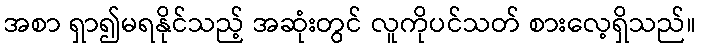
အစာ ရှာ၍မရနိုင်သည့် အဆုံးတွင် လူကိုပင်သတ် စားလေ့ရှိသည်။